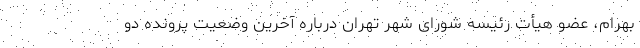
بهرام، عضو هیأت رئیسه شورای شهر تهران درباره آخرین وضعیت پرونده دو